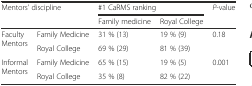
<table><thead><tr><td rowspan="2" colspan="2"><b>Mentors’ discipline</b></td><td colspan="2"><b>#1 CaRMS ranking</b></td><td rowspan="2"><b><i>P</i>-value</b></td></tr><tr><td><b>Family medicine</b></td><td><b>Royal College</b></td></tr></thead><tbody><tr><td rowspan="2">Faculty Mentors</td><td>Family Medicine</td><td>31 % (13)</td><td>19 % (9)</td><td rowspan="2">0.18</td></tr><tr><td>Royal College</td><td>69 % (29)</td><td>81 % (39)</td></tr><tr><td rowspan="2">Informal Mentors</td><td>Family Medicine</td><td>65 % (15)</td><td>19 % (5)</td><td rowspan="2">0.001</td></tr><tr><td>Royal College</td><td>35 % (8)</td><td>82 % (22)</td></tr></tbody></table>